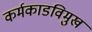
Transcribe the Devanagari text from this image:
कर्मकाडविमुख